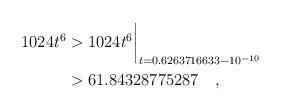
LaTeX: \begin{align*}1024t^6 & > 1024t^6\biggr\rvert_{t=0.6263716633 - 10^{-10}} \\& > 61.84328775287 \quad, \end{align*}